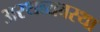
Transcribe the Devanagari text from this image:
अरथव्यवस्था